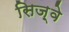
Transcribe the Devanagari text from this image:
सिज़्वे